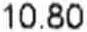
10.80